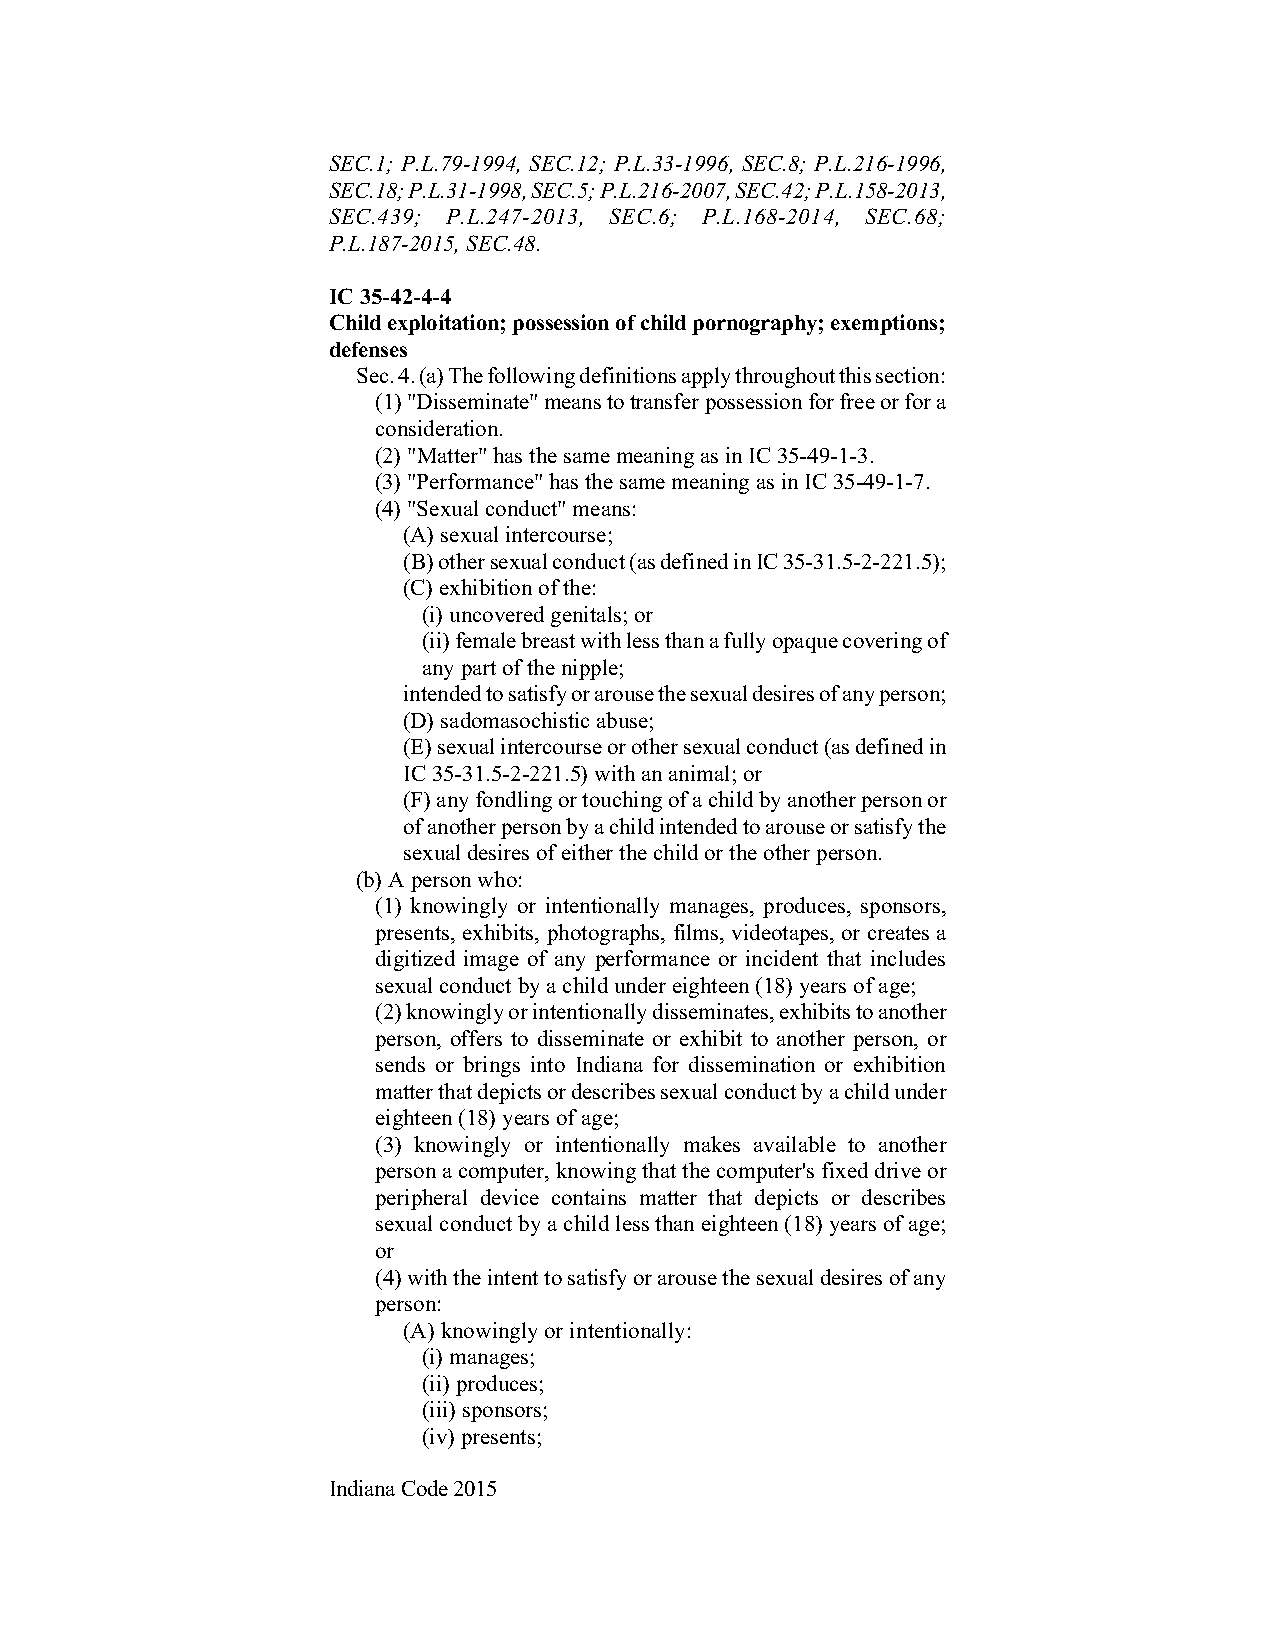
SEC.1; P.L.79-1994, SEC.12; P.L.33-1996, SEC.8; P.L.216-1996,
 SEC.18; P.L.31-1998, SEC.5; P.L.216-2007, SEC.42; P.L.158-2013,
 SEC.439; P.L.247-2013, SEC.6; P.L.168-2014, SEC.68;
 P.L.187-2015, SEC.48.
 IC 35-42-4-4
 Child exploitation; possession of child pornography; exemptions;
 defenses
 Sec. 4. (a) The following definitions apply throughout this section:
 (1) "Disseminate" means to transfer possession for free or for a
 consideration.
 (2) "Matter" has the same meaning as in IC 35-49-1-3.
 (3) "Performance" has the same meaning as in IC 35-49-1-7.
 (4) "Sexual conduct" means:
 (A) sexual intercourse;
 (B) other sexual conduct (as defined in IC 35-31.5-2-221.5);
 (C) exhibition of the:
 (i) uncovered genitals; or
 (ii) female breast with less than a fully opaque covering of
 any part of the nipple;
 intended to satisfy or arouse the sexual desires of any person;
 (D) sadomasochistic abuse;
 (E) sexual intercourse or other sexual conduct (as defined in
 IC 35-31.5-2-221.5) with an animal; or
 (F) any fondling or touching of a child by another person or
 of another person by a child intended to arouse or satisfy the
 sexual desires of either the child or the other person.
 (b) A person who:
 (1) knowingly or intentionally manages, produces, sponsors,
 presents, exhibits, photographs, films, videotapes, or creates a
 digitized image of any performance or incident that includes
 sexual conduct by a child under eighteen (18) years of age;
 (2) knowingly or intentionally disseminates, exhibits to another
 person, offers to disseminate or exhibit to another person, or
 sends or brings into Indiana for dissemination or exhibition
 matter that depicts or describes sexual conduct by a child under
 eighteen (18) years of age;
 (3) knowingly or intentionally makes available to another
 person a computer, knowing that the computer's fixed drive or
 peripheral device contains matter that depicts or describes
 sexual conduct by a child less than eighteen (18) years of age;
 or
 (4) with the intent to satisfy or arouse the sexual desires of any
 person:
 (A) knowingly or intentionally:
 (i) manages;
 (ii) produces;
 (iii) sponsors;
 (iv) presents;
 Indiana Code 2015